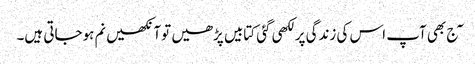
\ٓج بھی آپ اس کی زندگی پر لکھی گئی کتابیں پڑھیں توآنکھیں نم ہوجاتی ہیں۔